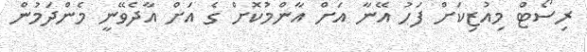
ރިސޯޓް މިއުޒިކަށް ފަހު އޭނާ އަށް އާންމުކޮށް ގެ އަށް އާދެވޭނީ މެންދަމުން